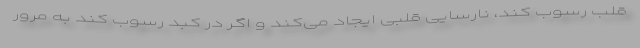
قلب رسوب کند، نارسایی قلبی ایجاد می‌کند و اگر در کبد رسوب کند به مرور